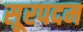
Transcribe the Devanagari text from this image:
सूरपदम